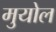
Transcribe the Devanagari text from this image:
मुयोल